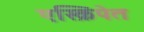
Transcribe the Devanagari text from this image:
एस्क्रिपेत